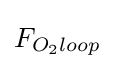
F_{O_{2}loop}